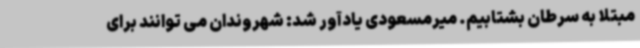
مبتلا به سرطان بشتابیم. میرمسعودی یادآور شد: شهروندان می توانند برای